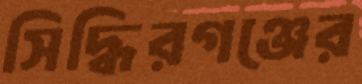
সিদ্ধিরগঞ্জের